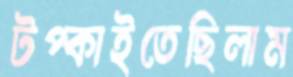
টপ্‌কাইতেছিলাম